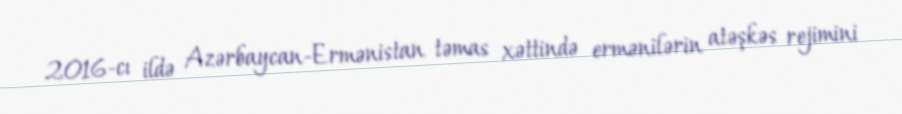
2016-cı ildə Azərbaycan-Ermənistan təmas xəttində ermənilərin atəşkəs rejimini